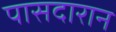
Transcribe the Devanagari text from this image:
पासदारान